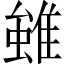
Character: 𨿽